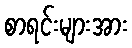
စာရင်းများအား